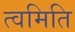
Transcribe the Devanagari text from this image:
त्वमिति